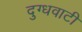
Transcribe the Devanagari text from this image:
दुग्धवाटी